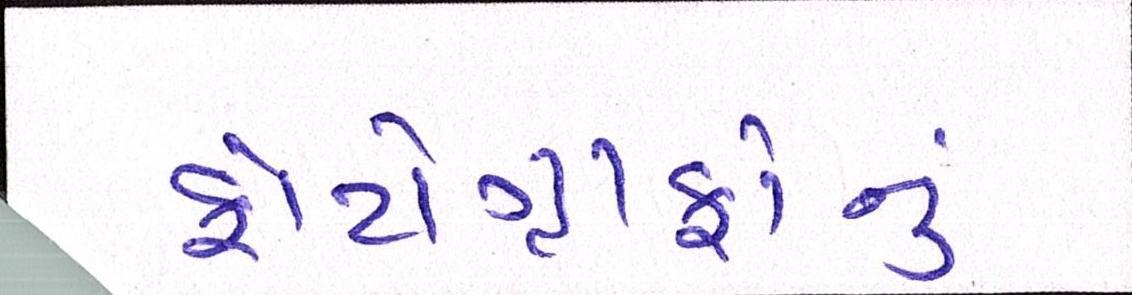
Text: ફોટોગ્રાફોનું